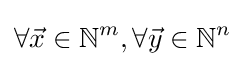
\forall {\vec {x}}\in \mathbb {N} ^{m},\forall {\vec {y}}\in \mathbb {N} ^{n}